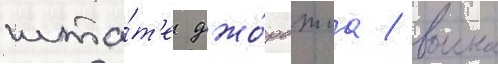
шта́т'е джо́рджиа / воина